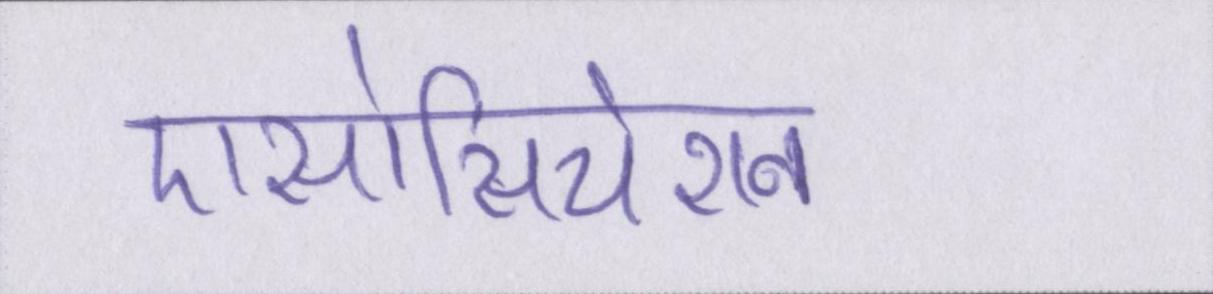
एसोसियेशन